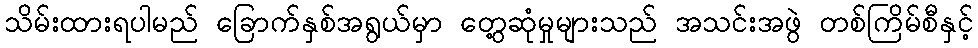
သိမ်းထားရပါမည် ခြောက်နှစ်အရွယ်မှာ တွေ့ဆုံမှုများသည် အသင်းအဖွဲ တစ်ကြိမ်စီနှင့်